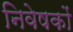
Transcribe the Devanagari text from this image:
निवेषकों